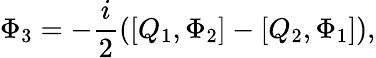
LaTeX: \Phi_{3}=-\frac{i}{2}([Q_{1},\Phi_{2}]-[Q_{2},\Phi_{1}]),